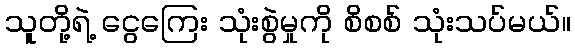
သူတို့ရဲ့ ငွေကြေး သုံးစွဲမှုကို စိစစ် သုံးသပ်မယ်။